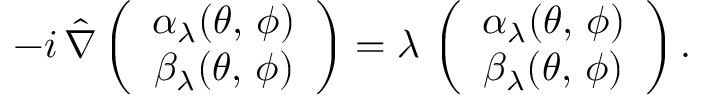
- i \, \hat { \nabla } \left( \begin{array} { c } { { \alpha _ { \lambda } ( \theta , \, \phi ) } } \\ { { \beta _ { \lambda } ( \theta , \, \phi ) } } \end{array} \right) = \lambda \, \left( \begin{array} { c } { { \alpha _ { \lambda } ( \theta , \, \phi ) } } \\ { { \beta _ { \lambda } ( \theta , \, \phi ) } } \end{array} \right) .